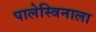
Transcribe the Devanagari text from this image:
पालेस्त्रिनाला